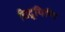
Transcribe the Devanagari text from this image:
चिद्रूपिणि